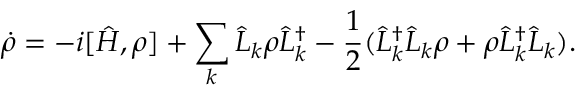
\Dot { \rho } = - i [ \hat { H } , \rho ] + \sum _ { k } \hat { L } _ { k } \rho \hat { L } _ { k } ^ { \dag } - \frac { 1 } { 2 } ( \hat { L } _ { k } ^ { \dag } \hat { L } _ { k } \rho + \rho \hat { L } _ { k } ^ { \dag } \hat { L } _ { k } ) .